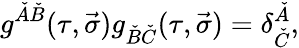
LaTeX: g^{\check{A}\check{B}}(\tau,\vec{\sigma})g_{\check{B}\check{C}}(\tau,\vec{\sigma})=\delta_{\check{C}}^{\check{A}},